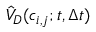
{ \hat { V } } _ { D } ( c _ { i , j } ; t , \Delta t )